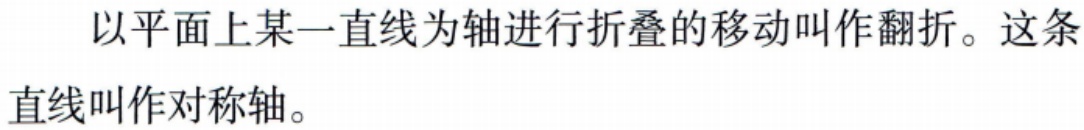
以平面上某一直线为轴进行折叠的移动叫作翻折。这条直线叫作对称轴。